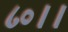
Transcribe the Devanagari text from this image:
८०।।